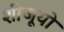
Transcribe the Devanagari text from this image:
शीजूयो